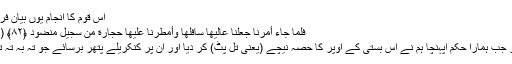
اس قوم کا انجام یوں بیان فرمایا:
فَلَمَّا جَاءَ أَمْرُنَا جَعَلْنَا عَالِيَهَا سَافِلَهَا وَأَمْطَرْنَا عَلَيْهَا حِجَارَةً مِّن سِجِّيلٍ مَّنضُودٍ ﴿٨٢﴾ (ھود)
’’پھر جب ہمارا حکم آپہنچا ہم نے اس بستی کے اوپر کا حصہ نیچے (یعنی تل پٹ) کر دیا اور ان پر کنکریلے پتھر برسائے جو تہ بہ تہ تھے۔